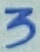
Text: 3